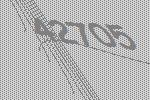
42705